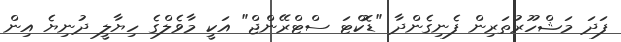
ފަދަ މަޝްހޫރުތަރިން ފެނިގެންދާ "ޑޮކްޓަ ސްޓްރޭންޖް" އަކީ މާވެލްގެ ހިޔާލީ ދުނިޔެ އިން